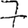
Digit: 7